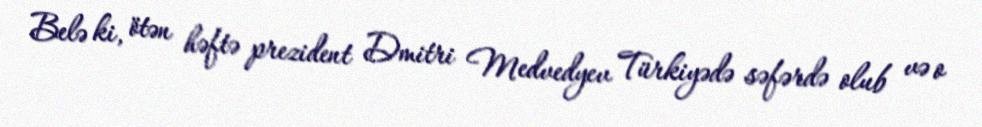
Belə ki, ötən həftə prezident Dmitri Medvedyev Türkiyədə səfərdə olub və o